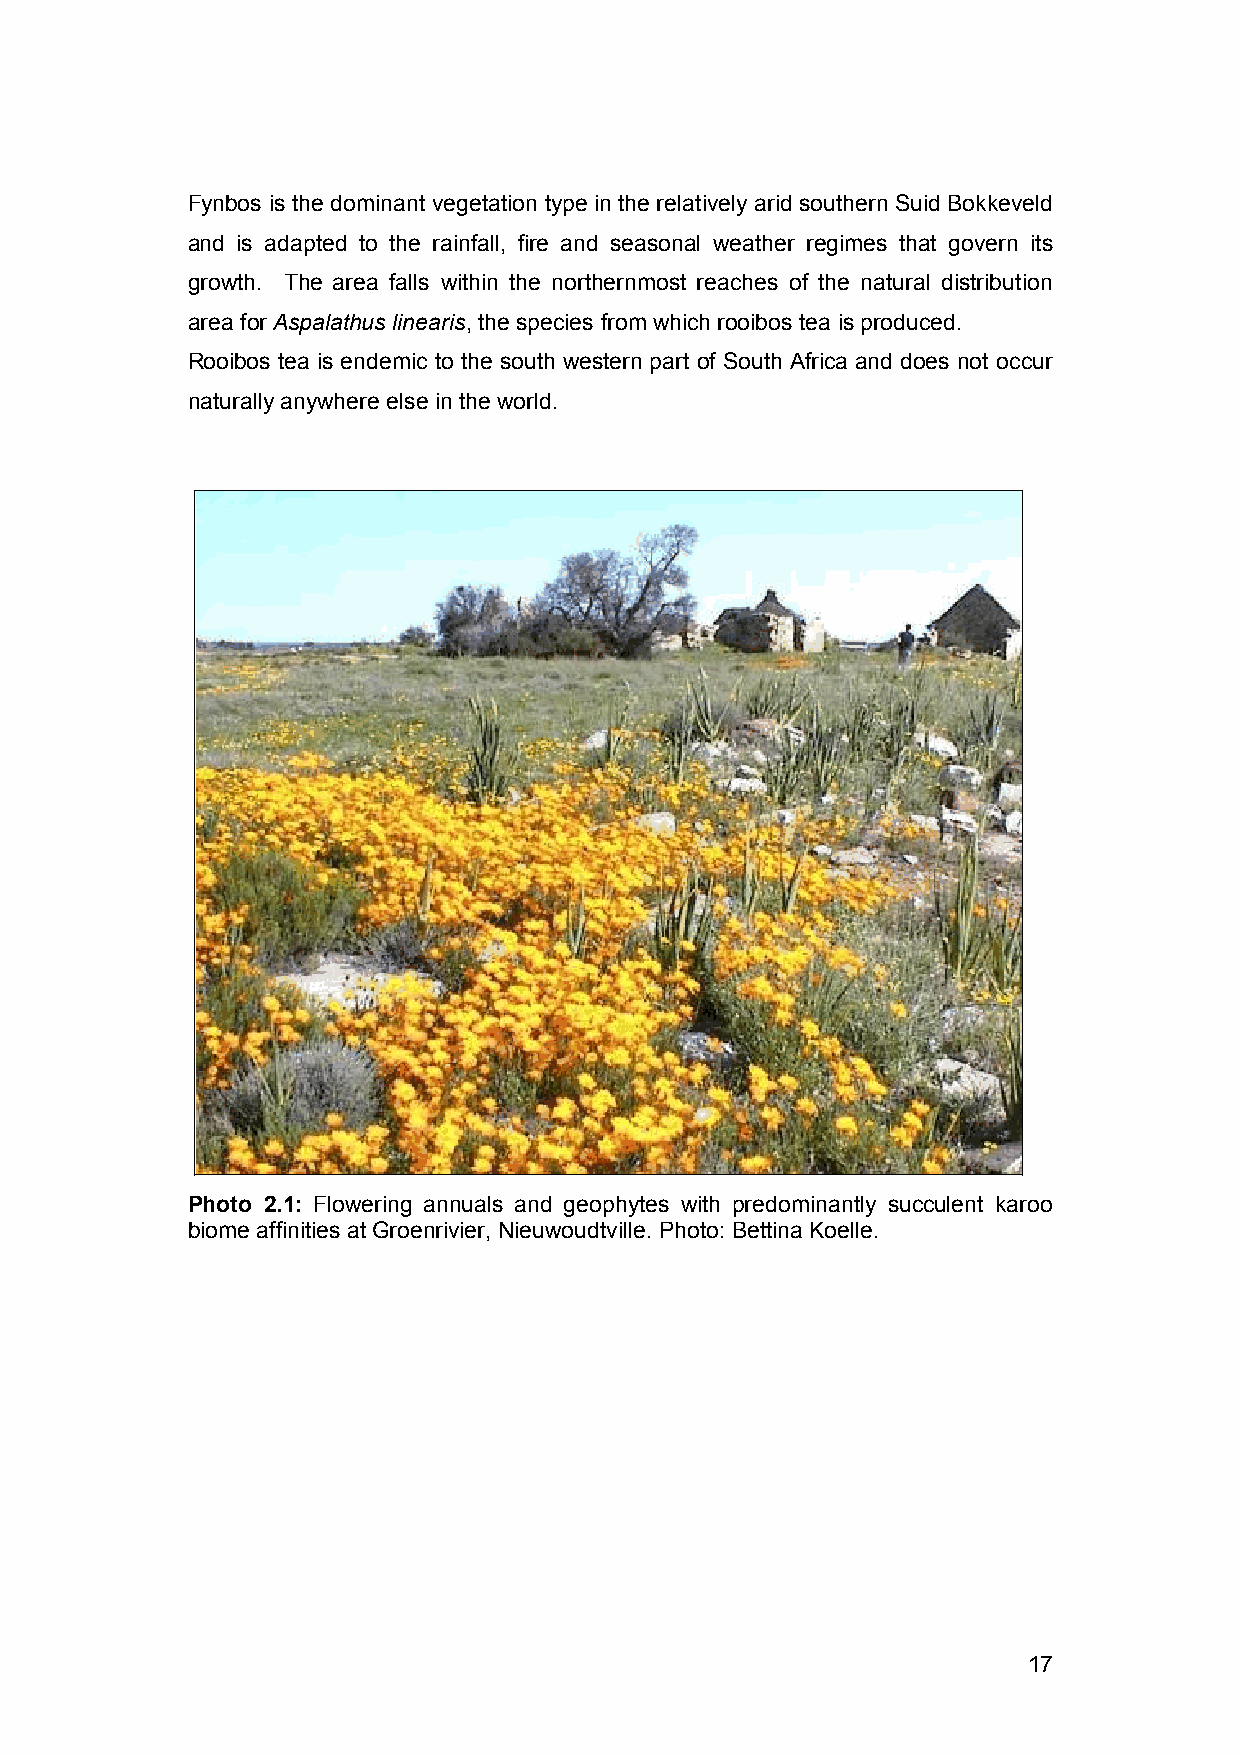
Fynbos is the dominant vegetation type in the relatively arid southern Suid Bokkeveld
 and is adapted to the rainfall, fire and seasonal weather regimes that govern its
 growth. The area falls within the northernmost reaches of the natural distribution
 area for Aspalathus linearis, the species from which rooibos tea is produced.
 Rooibos tea is endemic to the south western part of South Africa and does not occur
 naturally anywhere else in the world.
 Photo 2.1: Flowering annuals and geophytes with predominantly succulent karoo
 biome affinities at Groenrivier, Nieuwoudtville. Photo: Bettina Koelle.
 17